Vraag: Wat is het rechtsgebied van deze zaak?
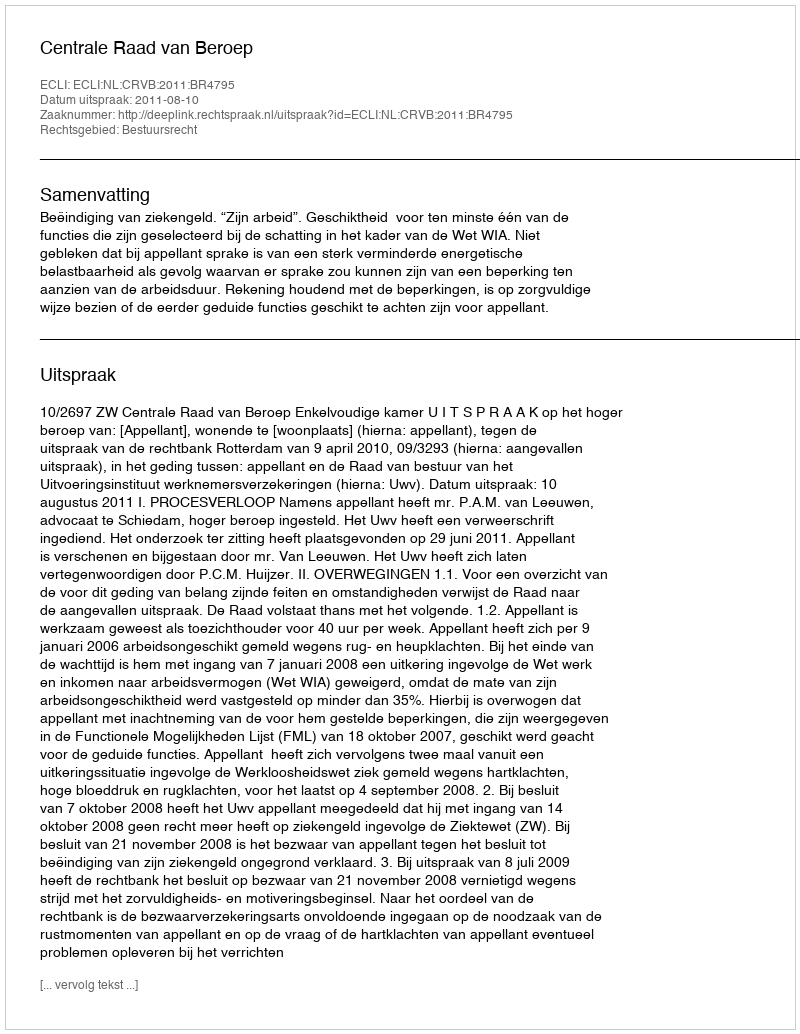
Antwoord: Bestuursrecht